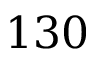
1 3 0